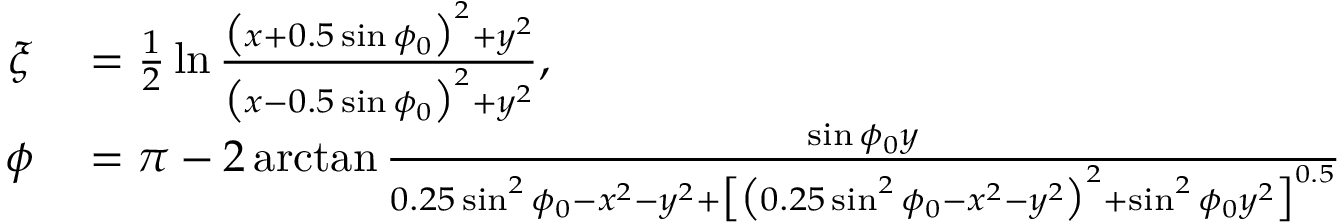
\begin{array} { r l } { \xi } & { { } = \frac { 1 } { 2 } \ln \frac { \bigl ( x + 0 . 5 \sin \phi _ { 0 } \bigr ) ^ { 2 } + y ^ { 2 } } { \bigl ( x - 0 . 5 \sin \phi _ { 0 } \bigr ) ^ { 2 } + y ^ { 2 } } , } \\ { \phi } & { { } = \pi - 2 \arctan \frac { \sin \phi _ { 0 } y } { 0 . 2 5 \sin ^ { 2 } \phi _ { 0 } - x ^ { 2 } - y ^ { 2 } + \bigl [ \bigl ( 0 . 2 5 \sin ^ { 2 } \phi _ { 0 } - x ^ { 2 } - y ^ { 2 } \bigr ) ^ { 2 } + \sin ^ { 2 } \phi _ { 0 } y ^ { 2 } \bigr ] ^ { 0 . 5 } } } \end{array}